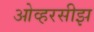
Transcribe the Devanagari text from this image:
ओव्हरसीझ